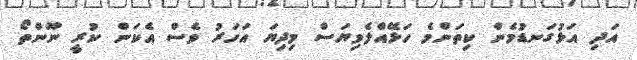
އަދި އަޅުގަނޑުމެން ކިތަންމެ ހަޅޭއްލެވިޔަސް މިދިޔަ އަހަރު ވެސް އެކަން ކުރީ ނޫންތޯ